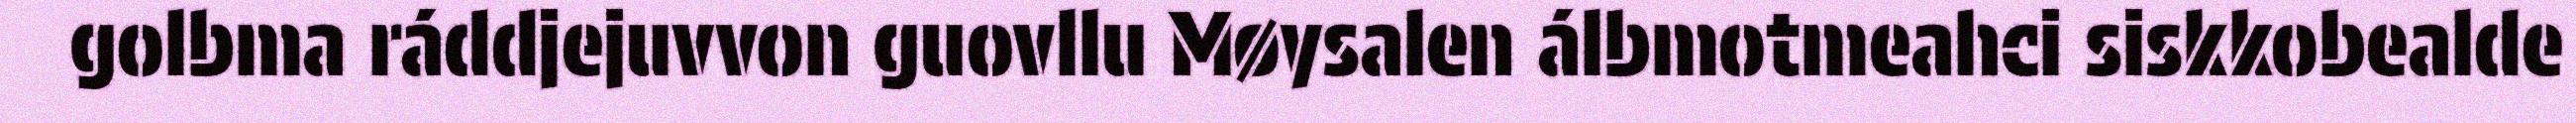
golbma ráddjejuvvon guovllu Møysalen álbmotmeahci siskkobealde